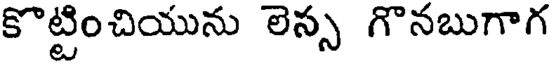
కొట్టించియును లెస్స గొనబుగాగ